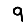
Digit: 9